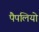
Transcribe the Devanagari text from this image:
पैपलियो